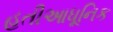
હતીઆધૂનિક